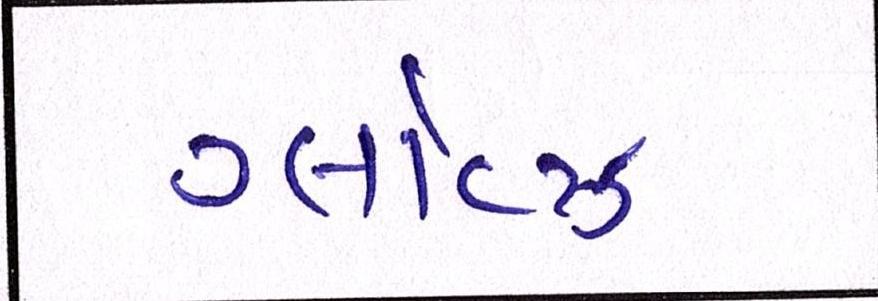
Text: ગ્લૉવ્ઝ